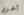
أخرى